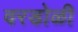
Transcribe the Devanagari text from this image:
वरडोळी